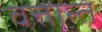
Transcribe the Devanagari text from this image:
वत्तान्त